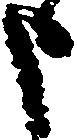
申